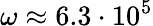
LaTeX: \omega\approx 6.3\cdot 10^{5}